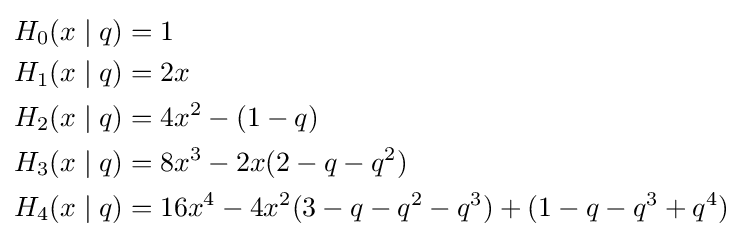
{\begin{aligned}H_{0}(x\mid q)&=1\\H_{1}(x\mid q)&=2x\\H_{2}(x\mid q)&=4x^{2}-(1-q)\\H_{3}(x\mid q)&=8x^{3}-2x(2-q-q^{2})\\H_{4}(x\mid q)&=16x^{4}-4x^{2}(3-q-q^{2}-q^{3})+(1-q-q^{3}+q^{4})\end{aligned}}